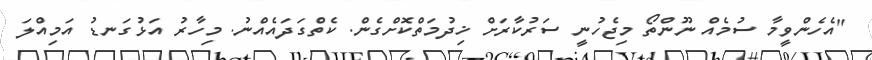
"އެހެންވީމާ ސުމެއް ނޫންތޯ މިޖެހުނީ ސަރުކާރަށް ޚިދުމަތްކޮށްގެން. ކެތްގަދައެއްނު. މިހާރު އަޅުގަނޑު އަމިއްލަ